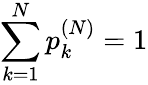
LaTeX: \sum_{k=1}^{N}p_{k}^{(N)}=1